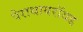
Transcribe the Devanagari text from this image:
पेराथायरॉयड